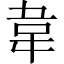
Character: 韋